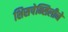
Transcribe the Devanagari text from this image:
शिसपेन्सिलीने